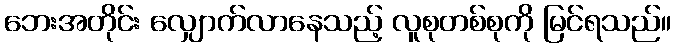
ဘေးအတိုင်း လျှောက်လာနေသည့် လူစုတစ်စုကို မြင်ရသည်။